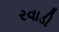
રવાડી